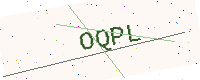
Text: OQPL